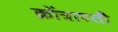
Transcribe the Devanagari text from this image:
क्रोंत्रास्ती